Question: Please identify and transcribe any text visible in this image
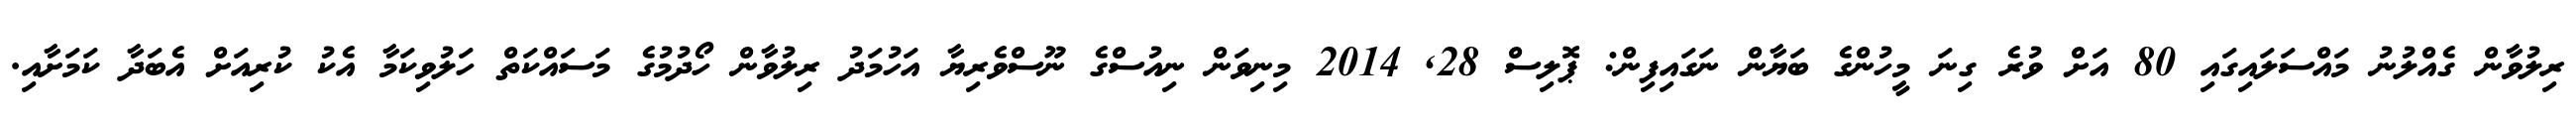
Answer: ރިލުވާން ގެއްލުނު މައްސަލައިގައި 80 އަށް ވުރެ ގިނަ މީހުންގެ ބަޔާން ނަގައިފިން: ޕޮލިސް 28, 2014 މިނިވަން ނިއުސްގެ ނޫސްވެރިޔާ އަހުމަދު ރިލުވާން ހޯދުމުގެ މަސައްކަތް ހަލުވިކަމާ އެކު ކުރިއަށް އެބަދާ ކަމަށާއި.